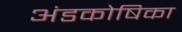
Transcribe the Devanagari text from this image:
अंडकोषिका